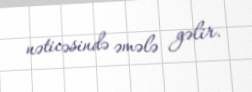
nəticəsində əmələ gəlir.